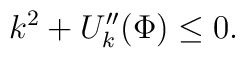
k^2+U_k^{\prime\prime}(\Phi)\le0.